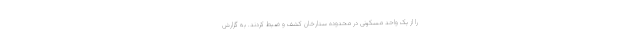
را از یک واحد مسکونی در محدوده ستارخان کشف و ضبط کردند. به گزارش